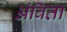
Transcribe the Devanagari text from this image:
अंविता